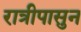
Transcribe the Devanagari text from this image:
रात्रीपासुन